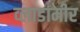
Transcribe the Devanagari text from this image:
व्लाडामीर